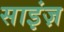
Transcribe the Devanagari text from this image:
साइंज़